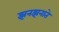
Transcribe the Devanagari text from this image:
झनझनाते